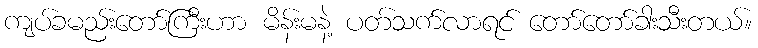
ကျပ်ခမည်းတော်ကြီးဟာ မိန်းမနဲ့ ပတ်သက်လာရင် တော်တော်ခါးသီးတယ်။